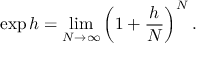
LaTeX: \exp h = \operatorname* { l i m } _ { N \to \infty } \left( 1 + { \frac { h } { N } } \right) ^ { N } .